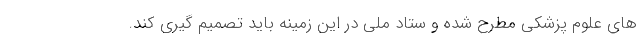
های علوم پزشکی مطرح شده و ستاد ملی در این زمینه باید تصمیم گیری کند.